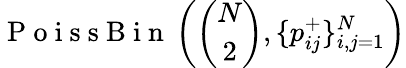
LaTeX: \mathrm{~P~o~i~s~s~B~i~n~}\left(\binom{N}{2},\{ p_{ij}^{+}\} _{i,j=1}^{N}\right)